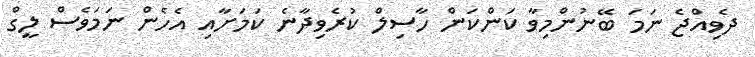
ދެވިއްޖެ ނަމަ ބޭނުންމިވާ ކަންކަން ހާސިލް ކުރެވިދާނެ ކަމަށާއި އެހެން ނަމަވެސް ލީގް